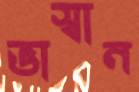
ভাস্বান